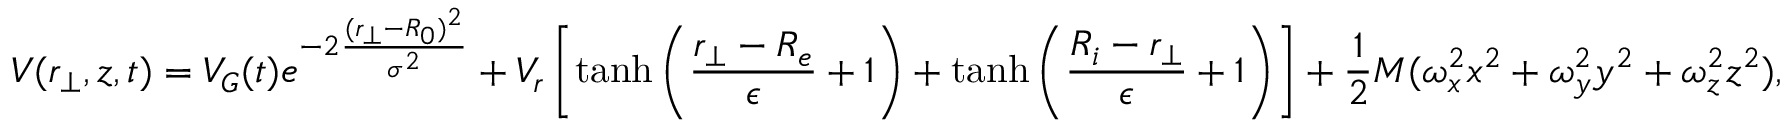
V ( r _ { \perp } , z , t ) = V _ { G } ( t ) e ^ { - 2 \frac { ( r _ { \perp } - R _ { 0 } ) ^ { 2 } } { \sigma ^ { 2 } } } + V _ { r } \left[ \operatorname { t a n h } \left( \frac { r _ { \perp } - R _ { e } } { \epsilon } + 1 \right) + \operatorname { t a n h } \left( \frac { R _ { i } - r _ { \perp } } { \epsilon } + 1 \right) \right] + \frac { 1 } { 2 } M ( \omega _ { x } ^ { 2 } x ^ { 2 } + \omega _ { y } ^ { 2 } y ^ { 2 } + \omega _ { z } ^ { 2 } z ^ { 2 } ) ,